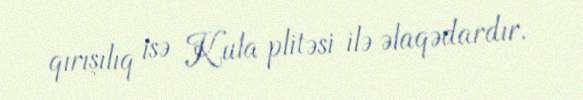
qırışılıq isə Kula plitəsi ilə əlaqədardır.